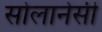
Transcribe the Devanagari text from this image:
सोलानेसी